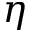
\eta